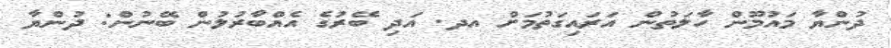
ދުންޔާ މައުމޫން ހާލަތުން އަރައިގަތުމަށް އދ. އަދި ބޭރުގެ އެއްބާރުލުން ބޭނުން: ދުންޔާ